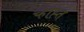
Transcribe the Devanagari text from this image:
च्हाह्त